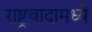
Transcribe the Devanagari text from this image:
राष्ट्रवादामध्ये